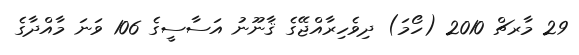
29 މާރޗް 2010 (ހޯމަ) ދިވެހިރާއްޖޭގެ ޤާނޫނު އަސާސީގެ 106 ވަނަ މާއްދާގެ